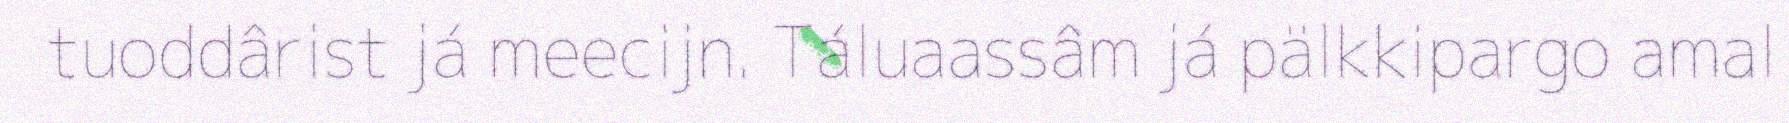
tuoddârist já meecijn. Táluaassâm já pälkkipargo amal